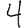
Digit: 4